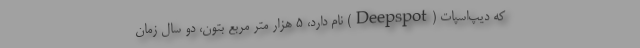
که دیپ‌اسپات (Deepspot) نام دارد، ۵ هزار متر مربع بتون، دو سال زمان